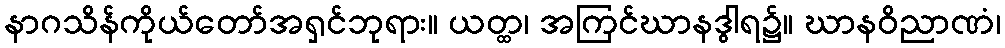
နာဂသိန်ကိုယ်တော်အရှင်ဘုရား။ ယတ္ထ၊ အကြင်ဃာနဒွါရ၌။ ဃာနဝိညာဏံ၊